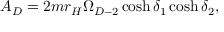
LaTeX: A _ { D } = 2 m r _ { H } \Omega _ { D - 2 } \cosh \delta _ { 1 } \cosh \delta _ { 2 } ,